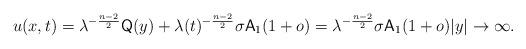
LaTeX: \begin{align*} u(x,t) &= \lambda^{-\frac{n-2}{2}} {\sf Q}(y) + \lambda(t)^{-\frac{n-2}{2}} \sigma {\sf A}_1 (1+o) = \lambda^{-\frac{n-2}{2}} \sigma {\sf A}_1 (1+o) |y|\to\infty. \end{align*}